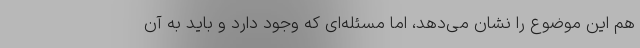
هم این موضوع را نشان می‌دهد، اما مسئله‌ای که وجود دارد و باید به آن